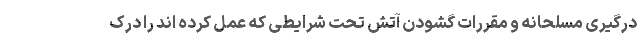
درگیری مسلحانه و مقررات گشودن آتش تحت شرایطی که عمل کرده اند را درک